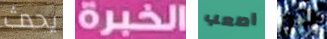
يحدث الخبرة اصعب الآن